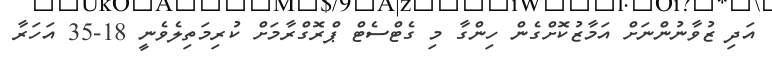
އަދި ޒުވާނުންނަށް އަމާޒުކޮށްގެން ހިންގާ މި ގެޓްސެޓް ޕްރޮގްރާމަށް ކުރިމަތިލެވެނީ 18-35 އަހަރާ